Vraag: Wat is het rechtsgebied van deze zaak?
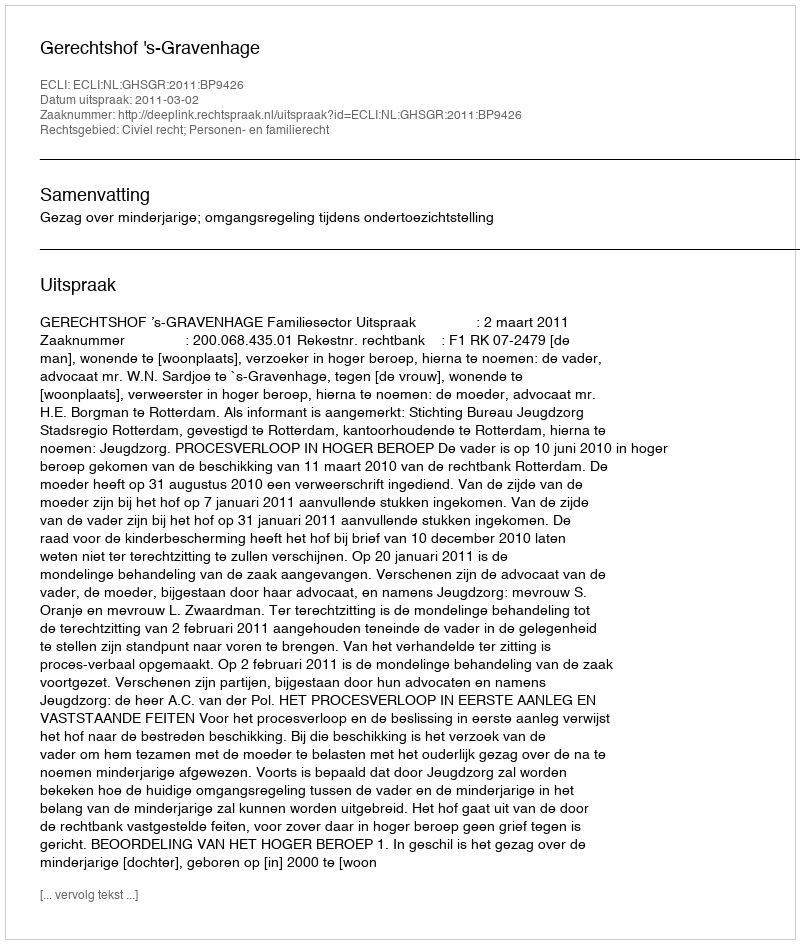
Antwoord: Civiel recht; Personen- en familierecht